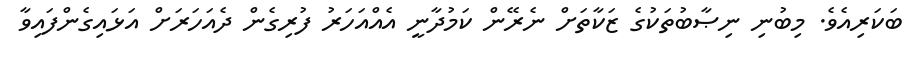
ބަކަރިއެވެ. މިބުނި ނިޞާބުތަކުގެ ޒަކާތަށް ނެރޭން ކަމުދާނީ އެއްއަހަރު ފުރިގެން ދެއަހަރަށް އަޅައިގެންފައިވާ